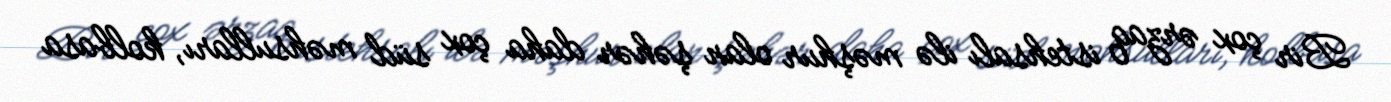
Bir çox ərzaq istehsalı ilə məşhur olan şəhər daha çox süd məhsulları, kolbasa